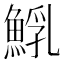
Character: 𩸐